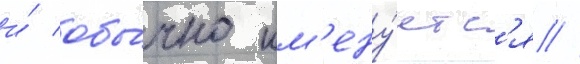
и́ обы́чно им'ену́етс'я //